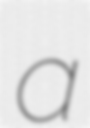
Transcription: a